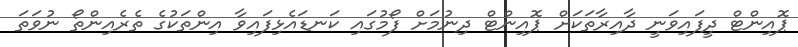
ޕޮއިންޓް ދީފައިވަނީ ދާއިރާތަކަށް ޕޮއިންޓް ދިނުމަށް ފޯމުގައި ކަނޑައެޅިފައިވާ އިންތަކުގެ ތެރެއިންތޯ ނުވަތަ